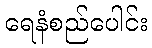
ရေနံစည်ပေါင်း